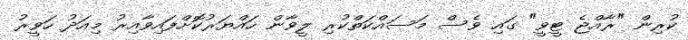
ކުރިން "ރާއްޖެ ޓީވީ" ގައި ވެސް މަސައްކަތްކުރި ލީވާން ހައްޔަރުކޮށްފައިވާއިރު މިއަދު ހަވީރު